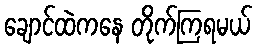
ချောင်ထဲကနေ တိုက်ကြရမယ်